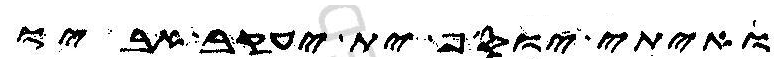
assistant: ואיתי יוסף ית יעקב אביו